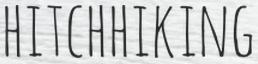
HITCHHIKING